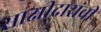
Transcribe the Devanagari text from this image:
साक्षीदारांची